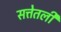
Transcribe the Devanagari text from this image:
सत्तेतली